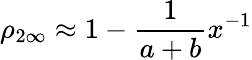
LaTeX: \rho_{2\infty}\approx 1-\frac{1}{a+b}x^{-1}